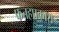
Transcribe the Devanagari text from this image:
फतहप्रकाश